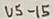
Text: U5-15